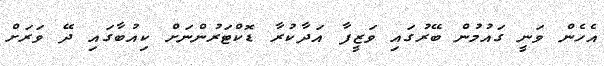
އެހެން ވަނީ ގައުމުން ބޭރުގައި ވަޒީފާ އަދާކުރާ ޑޮކްޓަރުންނަށް ކިއުބާގައި ދޭ ވަރަށް